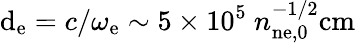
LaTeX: \mathrm{d}_{\mathrm{{e}}}=c/\omega_{\mathrm{{e}}}\sim5\times10^{5}~n_{\mathrm{{n{e,}0}}}^{-1/2}\mathrm{{cm}}